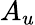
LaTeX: A_{u}